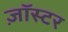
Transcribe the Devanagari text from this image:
ज़ॉस्टर